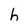
Character: h